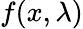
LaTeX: f(x,\lambda)